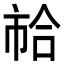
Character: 𢂷